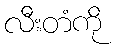
လီးတံကို